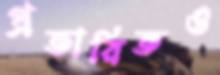
প্রতারিতও